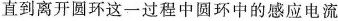
直到离开圆环这一过程中圆环中的感应电流